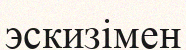
эскизімен